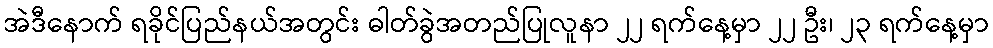
အဲဒီနောက် ရခိုင်ပြည်နယ်အတွင်း ဓါတ်ခွဲအတည်ပြုလူနာ ၂၂ ရက်နေ့မှာ ၂၂ ဦး၊ ၂၃ ရက်နေ့မှာ